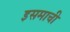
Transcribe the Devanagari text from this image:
इसमाची